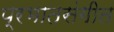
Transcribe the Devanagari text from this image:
प्रभातसंगीत